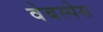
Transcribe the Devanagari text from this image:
वेबस्पेस